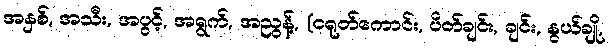
အနှစ်, အသီး, အပွင့်, အရွက်, အညွန့်, (ငရုတ်ကောင်း, ပိတ်ချင်း, ချင်း, နွယ်ချို,